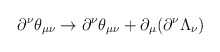
\begin{align*}\partial^\nu\theta_{\mu\nu}\rightarrow\partial^\nu\theta_{\mu\nu}+\partial_\mu(\partial^\nu\Lambda_\nu)\end{align*}